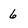
Character: 6